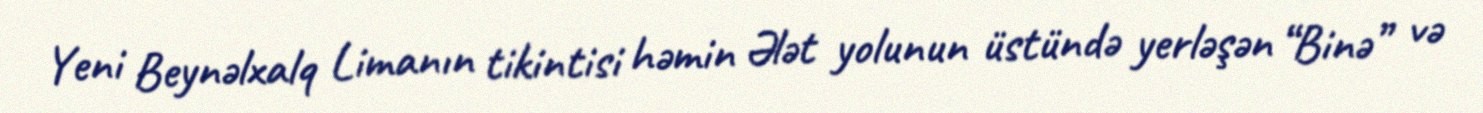
Yeni Beynəlxalq Limanın tikintisi həmin Ələt yolunun üstündə yerləşən “Binə” və